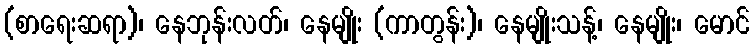
(စာရေးဆရာ)၊ နေဘုန်းလတ်၊ နေမျိုး (ကာတွန်း)၊ နေမျိုးသန့်၊ နေမျိုး၊ မောင်